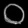
Digit: ၀